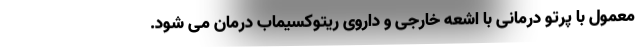
معمول با پرتو درمانی با اشعه خارجی و داروی ریتوکسیماب درمان می شود.